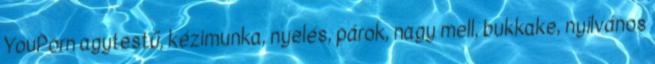
YouPorn agytestű, kézimunka, nyelés, párok, nagy mell, bukkake, nyílvános